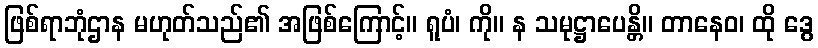
ဖြစ်ရာဘုံဌာန မဟုတ်သည်၏ အဖြစ်ကြောင့်။ ရူပံ၊ ကို။ န သမုဋ္ဌာပေန္တိ။ တာနေဝ၊ ထို ဒွေ